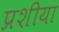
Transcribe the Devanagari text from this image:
प्रशीया